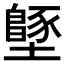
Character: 𡒴